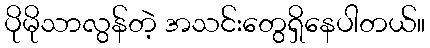
ပိုမိုသာလွန်တဲ့ အသင်းတွေရှိနေပါတယ်။